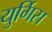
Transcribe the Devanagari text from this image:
युर्गिस